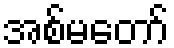
အစ်မတော်